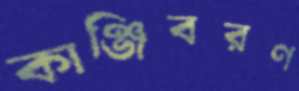
কাঞ্জিবরণ